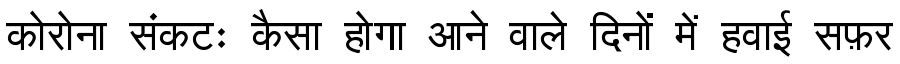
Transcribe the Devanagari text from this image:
कोरोना संकटः कैसा होगा आने वाले दिनों में हवाई सफ़र